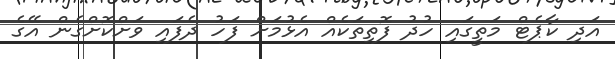
އަދި ކާޕެޓް މަތީގައި ހުދު ފޮތިތަކެއް އެޅުމަށް ފަހު ދެފައި ވަށްކޮށްގެން އޭގެ